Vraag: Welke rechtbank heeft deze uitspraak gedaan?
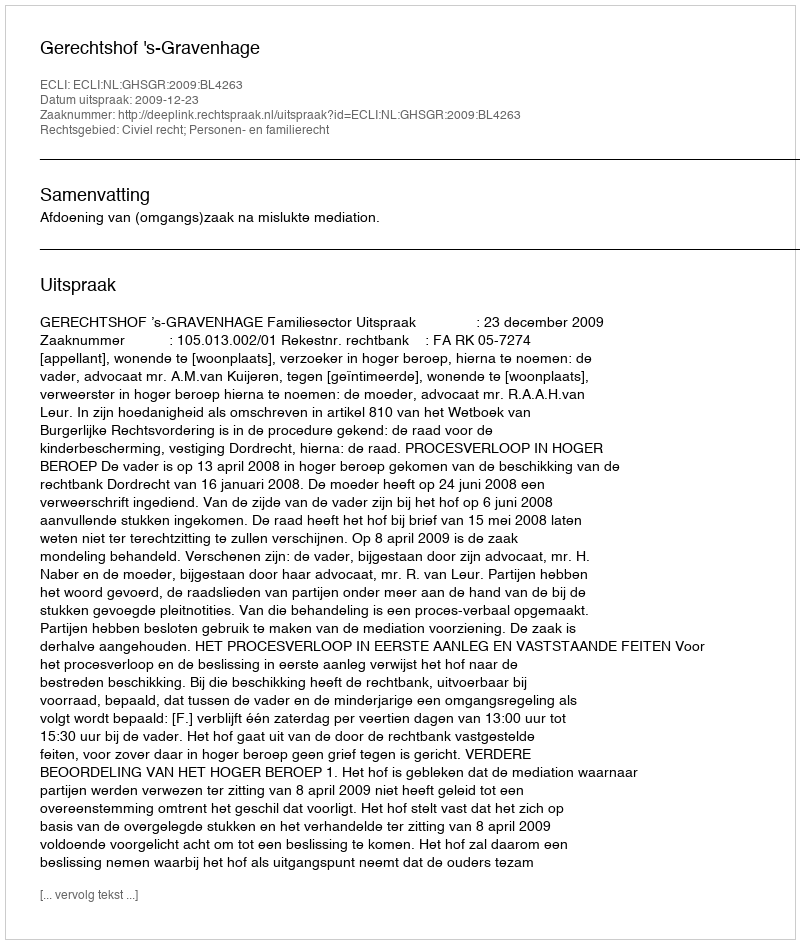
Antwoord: Gerechtshof 's-Gravenhage